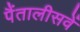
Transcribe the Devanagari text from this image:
पैंतालीसवें